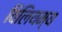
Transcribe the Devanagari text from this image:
विलियम्य